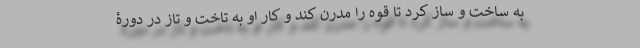
به ساخت و ساز کرد تا قوه را مدرن کند و کار او به تاخت و تاز در دورۀ